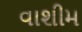
વાશીમ